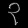
Digit: ၃